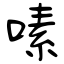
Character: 嗉